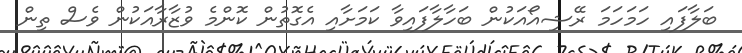
ބަލާފައި ހަމަހަމަ ރޭޝިއޯއަކުން ބަހާލާފައިވާ ކަމަށާއި އެގޮތުން ކޮންމެ ވުޒާރާއަކުން ވެސް ތިން